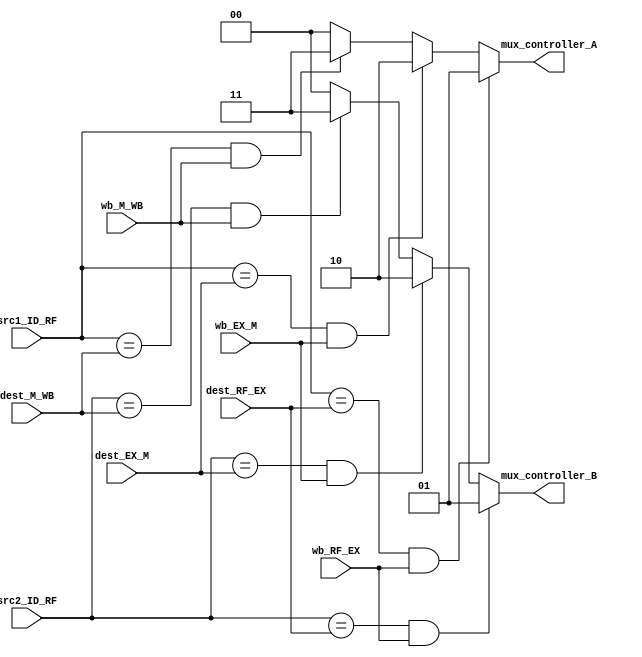
module Forward_Controller
(
mux_controller_A,
mux_controller_B,

src1_ID_RF,
src2_ID_RF,
dest_RF_EX,
dest_EX_M,
dest_M_WB,
wb_RF_EX,
wb_EX_M,
wb_M_WB
);

output reg [1:0] mux_controller_A, mux_controller_B;
input [2:0] src1_ID_RF, src2_ID_RF, dest_RF_EX, dest_EX_M, dest_M_WB;
input wb_RF_EX, wb_EX_M, wb_M_WB;

initial
begin
	mux_controller_A = 2'b00;
	mux_controller_B = 2'b00;
end

always @ (src1_ID_RF, dest_RF_EX, dest_EX_M, dest_M_WB, wb_RF_EX, wb_EX_M, wb_M_WB)
begin
	if(src1_ID_RF == dest_RF_EX && wb_RF_EX)
		mux_controller_A <= 2'b01;
		
	else if(src1_ID_RF == dest_EX_M && wb_EX_M)
		mux_controller_A <= 2'b10;
		
	else if(src1_ID_RF == dest_M_WB && wb_M_WB)
		mux_controller_A <= 2'b11;
		
	else
		mux_controller_A <= 2'b00;
end

always @ (src2_ID_RF, dest_RF_EX, dest_EX_M, dest_M_WB, wb_RF_EX, wb_EX_M, wb_M_WB)
begin
	if(src2_ID_RF == dest_RF_EX && wb_RF_EX)
		mux_controller_B <= 2'b01;
		
	else if(src2_ID_RF == dest_EX_M && wb_EX_M)
		mux_controller_B <= 2'b10;
		
	else if(src2_ID_RF == dest_M_WB && wb_M_WB)
		mux_controller_B <= 2'b11;
		
	else
		mux_controller_B <= 2'b00;
end

endmodule